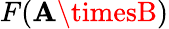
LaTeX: F(\mathbf{A}\timesB)